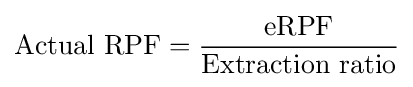
{\text{Actual RPF}}={\frac {\text{eRPF}}{\text{Extraction ratio}}}